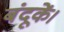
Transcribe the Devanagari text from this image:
बंदूकें।